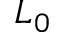
L _ { 0 }